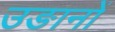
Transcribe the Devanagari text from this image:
उङानों